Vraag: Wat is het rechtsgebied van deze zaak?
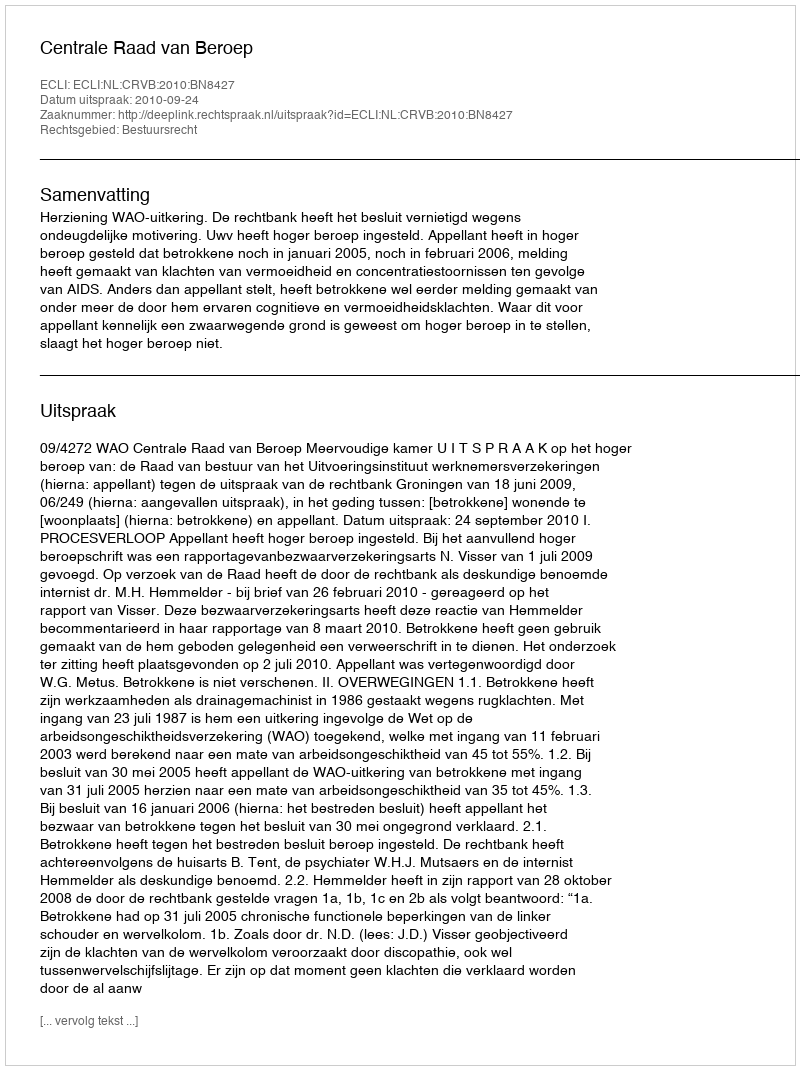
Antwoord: Bestuursrecht